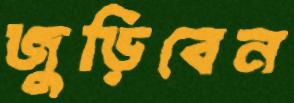
জুড়িবেন